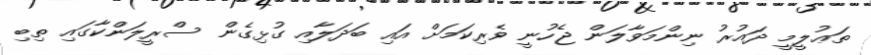
ތަޢުލީމީ ދައުރު ނިންމަވާލަން ޖެހުނީ ވެރިކަމަށް އައި ބަދަލާއި ގުޅިގެން ސްރީލަންކާގައި ތިބި